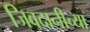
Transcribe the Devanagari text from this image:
जिवदानीच्या